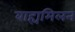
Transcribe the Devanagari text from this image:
बाह्यमिलन